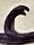
Text: C